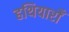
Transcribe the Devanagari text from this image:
हथियारोँ